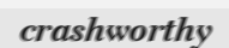
crashworthy